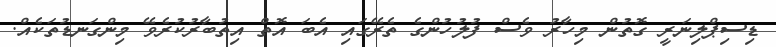
ޑިސިޕްލިނަރީ ގޮތުން މިހާރު ވެސް ފުލުހުންގެ ތެރޭގައި އެބަ އޮތް އިތުބާރުކުރެވޭ މިންގަނޑުތަކެއް.